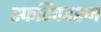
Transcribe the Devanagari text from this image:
स्फटिकाश्म